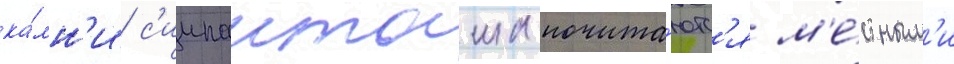
ка́мн'и с'иипанташа почита́ютс'я м'е́стным'и